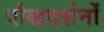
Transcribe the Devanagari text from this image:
बौद्धदर्शनों